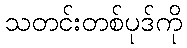
သတင်းတစ်ပုဒ်ကို